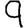
Digit: 9